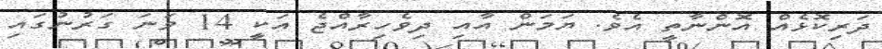
ދަރިކޮޅެއް އޮންނާތީ އެވެ. ޔަމަން އާއި ދިވެހިރާއްޖެ އަކީ 14 ވަނަ ގަރުނުގައި